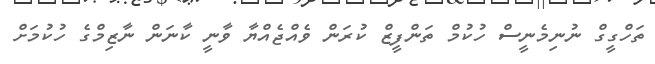
ތަހްގީގް ނުނިމެނީސް ހުކުމް ތަންފީޒް ކުރަން ވެއްޖެއްޔާ ވާނީ ކާނަން ނާޒިމްގެ ހުކުމަށް